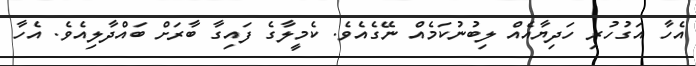
އެހާ އަގުހުރި ހަދިޔާއެއް ލިބުނުކަމެއް ނޭގެއެވެ. ކެމީލާގެ ފައިގާ ބާރަށް ބައްދާލިއެވެ. އެހާ